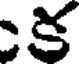
క